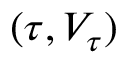
( \tau , V _ { \tau } )